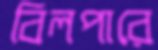
বিলপারে